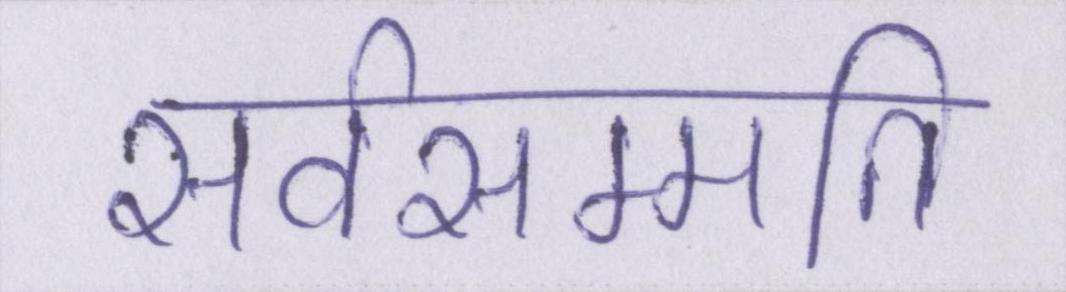
सर्वसम्मति